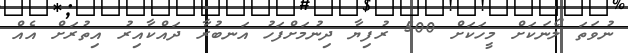
ނުވަތަ ލޯނަކަށް މީހަކަށް 500 ރުފިޔާ ދިނުމަށްފަހު އަނބުރާ ދައްކާއިރު އިތުރަށް އެއް